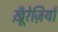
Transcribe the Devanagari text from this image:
खू़ँरेज़ियाँ